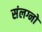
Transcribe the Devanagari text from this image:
संलग्नो